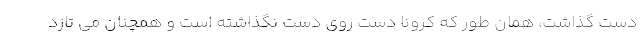
دست گذاشت، همان طور که کرونا دست روی دست نگذاشته است و همچنان می تازد